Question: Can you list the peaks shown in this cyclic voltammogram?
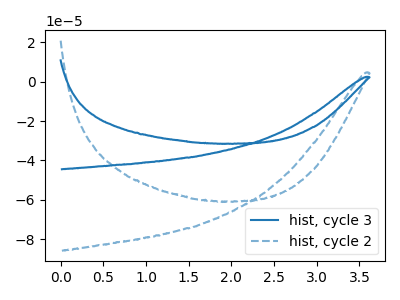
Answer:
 <answer>The blue curve "hist, cycle 3" has no peaks. The blue dashed curve "hist, cycle 2" has no peaks.</answer>
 <eval></eval>